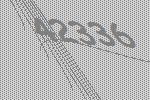
42336